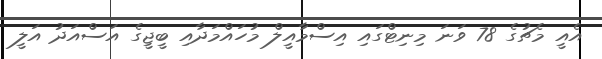
އެއީ މެޗުގެ 78 ވަނަ މިނިޓްގައި އިސްމާއީލް މުހައްމަދާއި ބީޖީގެ އަސްއަދު އަލީ